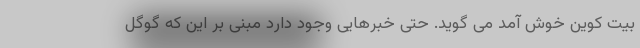
بیت کوین خوش آمد می گوید. حتی خبرهایی وجود دارد مبنی بر این که گوگل